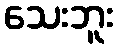
သေးဘူး